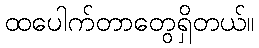
ထပေါက်တာတွေရှိတယ်။